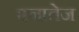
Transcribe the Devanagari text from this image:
एनातेज